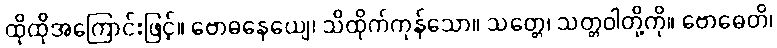
ထိုထိုအကြောင်းဖြင့်။ ဗောဓနေယျေ၊ သိထိုက်ကုန်သော။ သတ္တေ၊ သတ္တဝါတို့ကို။ ဗောဓေတိ၊